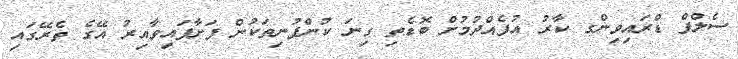
ސެލްފް ޑްރައިވިންގ ކާރު އުފެއްދުމުށް ބޮޑެތި ގިނަ ކުންފުނިތަކުން ފަށާފައިވާއިރު އޭގެ ތެރޭގައި